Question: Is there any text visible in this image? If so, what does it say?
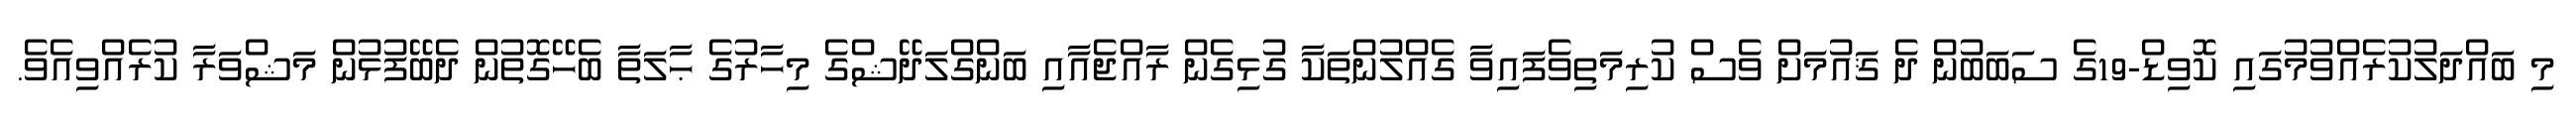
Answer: މި ބައްދަލުކުރެއްވުމުގައި ކޮވިޑް-19ގެ ސަބަބުން ދެ ޤައުމަށް ވެސް ކުރިމަތިވެފައިވާ ގެއްލުންތަކާ ގުޅިގެން ރާއްޖެއާއި ބަންގްލަދޭޝްގެ މިހާރުގެ ޙާލަތާ ބެހޭގޮތުން ދެބޭފުޅުން މަޝްވަރާ ކުރެއްވިއެވެ.